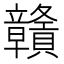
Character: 贛